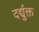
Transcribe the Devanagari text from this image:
दर्द्युक्त